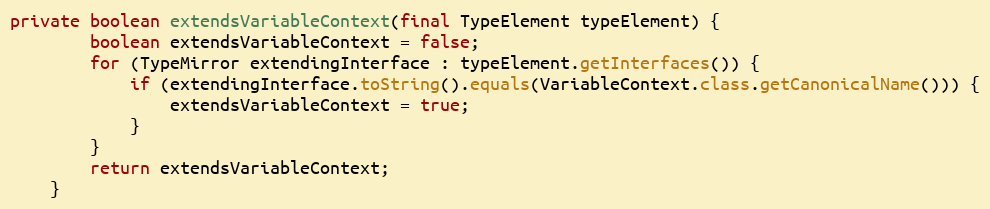
Language: Java
private boolean extendsVariableContext(final TypeElement typeElement) {
        boolean extendsVariableContext = false;
        for (TypeMirror extendingInterface : typeElement.getInterfaces()) {
            if (extendingInterface.toString().equals(VariableContext.class.getCanonicalName())) {
                extendsVariableContext = true;
            }
        }
        return extendsVariableContext;
    }